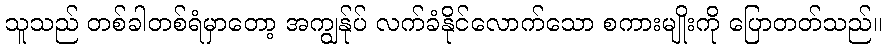
သူသည် တစ်ခါတစ်ရံမှာတော့ အကျွန်ုပ် လက်ခံနိုင်လောက်သော စကားမျိုးကို ပြောတတ်သည်။